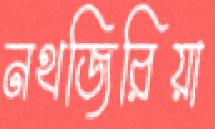
নথজিরিয়া